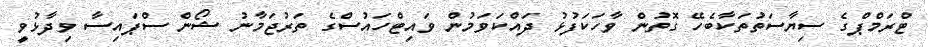
ޓްރަމްޕްގެ ސިޔާސަތުތަކާބެހޭ ގޮތުން ވާހަކަފުޅު ދައްކަވަމުން ވައިޓްހައުސްގެ ތަރުޖަމާނު ޝޯން ސްޕައިސާ ވިދާޅުވީ